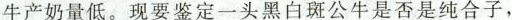
牛产奶量低。现要鉴定一头黑白斑公牛是否是纯合子，